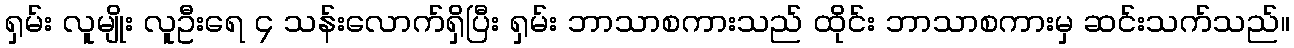
ရှမ်း လူမျိုး လူဦးရေ ၄ သန်းလောက်ရှိပြီး ရှမ်း ဘာသာစကားသည် ထိုင်း ဘာသာစကားမှ ဆင်းသက်သည်။